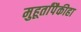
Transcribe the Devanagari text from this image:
मुहूर्तांपैकीहा